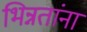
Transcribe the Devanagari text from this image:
भिन्नतांना